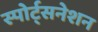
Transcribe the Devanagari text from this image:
स्पोर्ट्सनेशन